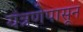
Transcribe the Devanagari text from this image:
यंत्रणेपासून